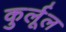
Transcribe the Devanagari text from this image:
कुर्लूल